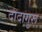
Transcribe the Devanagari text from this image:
दादागुरू